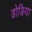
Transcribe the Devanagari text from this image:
डोङिया